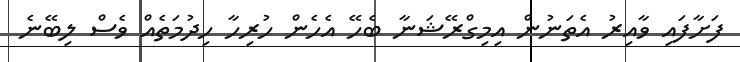
ފަށާފައި ވާއިރު އެތަނުން އިމިގްރޭޝަނާ ބެހޭ އެހެން ހުރިހާ ހިދުމަތެއް ވެސް ލިބޭނެ